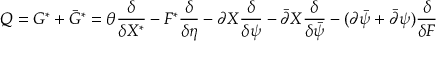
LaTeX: Q = G ^ { \ast } + \bar { G } ^ { \ast } = \theta { \frac { \delta } { \delta X ^ { \ast } } } - F ^ { \ast } { \frac { \delta } { \delta \eta } } - \partial X { \frac { \delta } { \delta \psi } } - \bar { \partial } X { \frac { \delta } { \delta \bar { \psi } } } - ( \partial \bar { \psi } + \bar { \partial } \psi ) { \frac { \delta } { \delta F } }